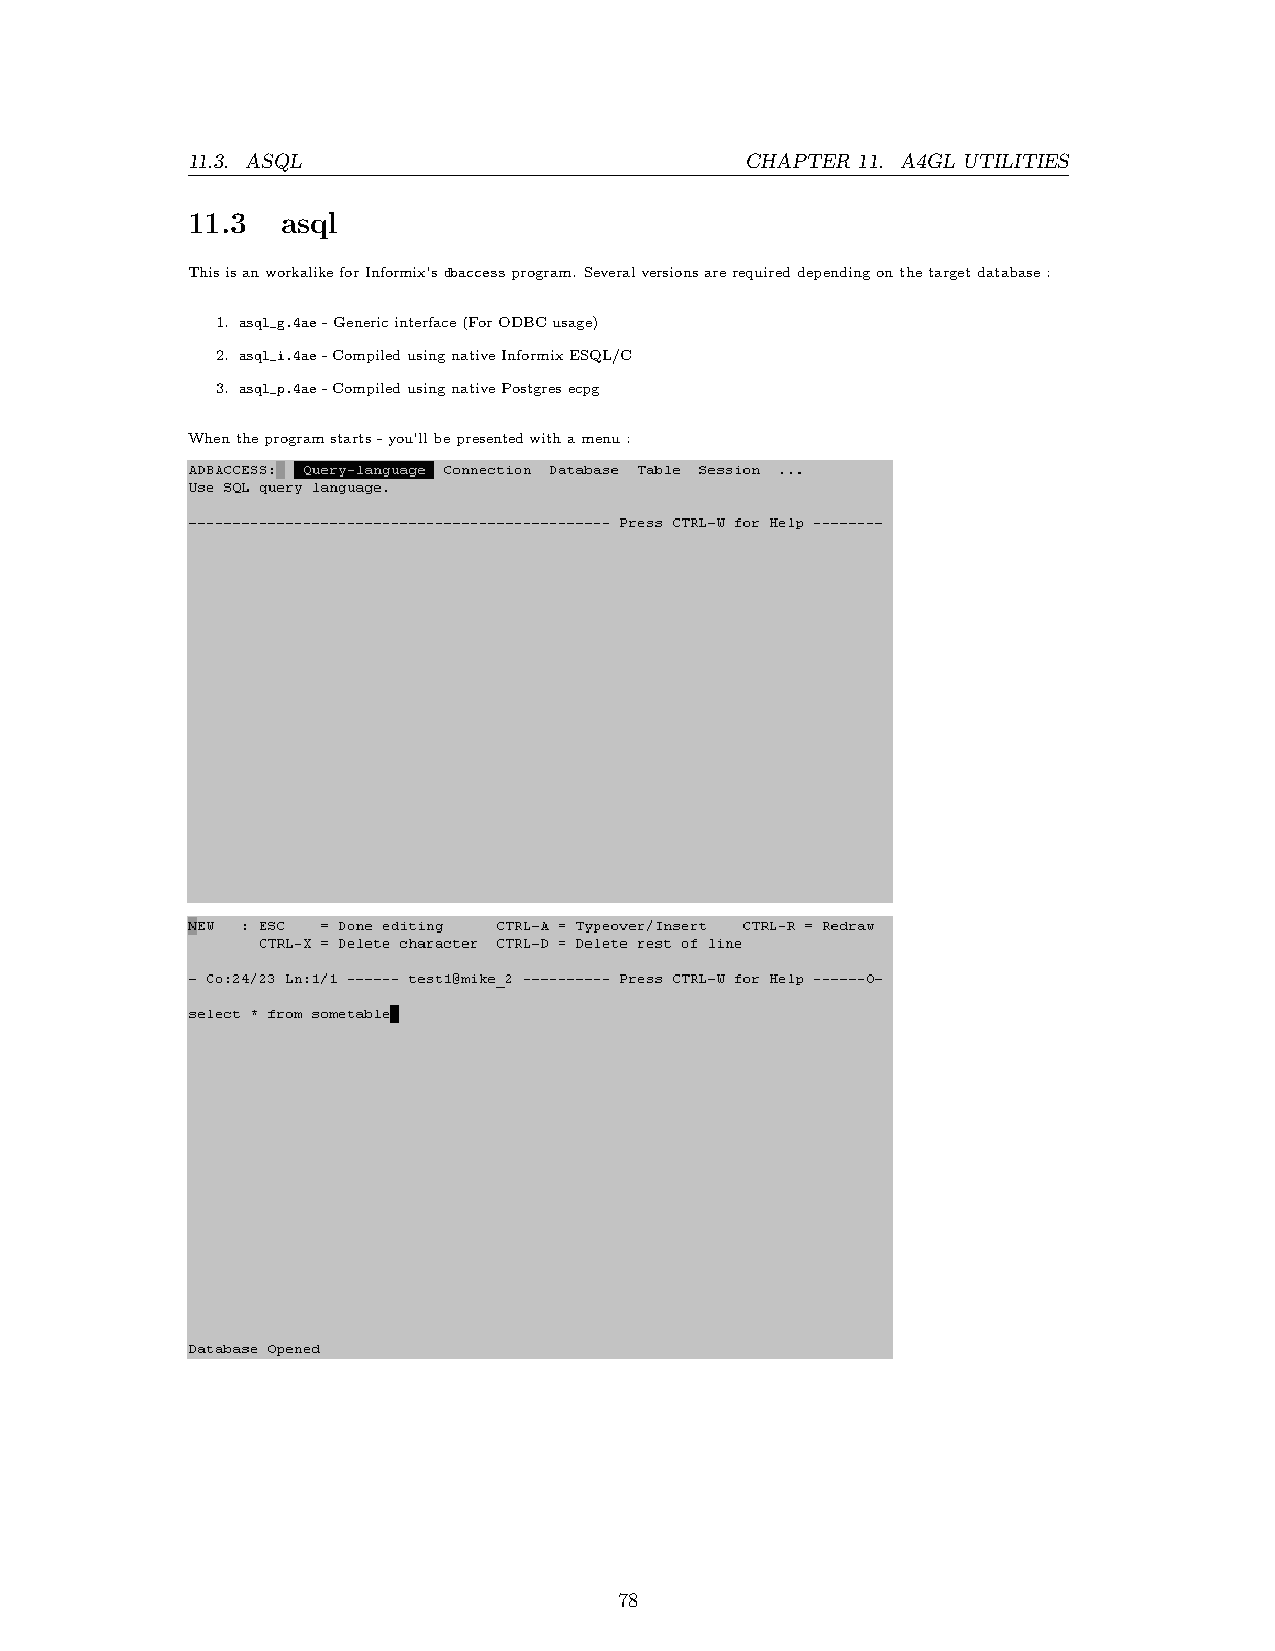
11.3. ASQL                           CHAPTER 11. A4GL UTILITIES
 11.3   asql
 ThisisanworkalikeforInformix’sdbaccessprogram. Severalversionsarerequireddependingonthetargetdatabase:
 1. asql_g.4ae-Genericinterface(ForODBCusage)
 2. asql_i.4ae-CompiledusingnativeInformixESQL/C
 3. asql_p.4ae-CompiledusingnativePostgresecpg
 Whentheprogramstarts-you’llbepresentedwithamenu:
 78